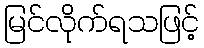
မြင်လိုက်ရသဖြင့်